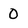
Character: 0